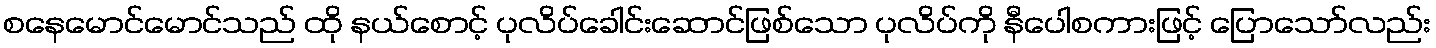
စနေမောင်မောင်သည် ထို နယ်စောင့် ပုလိပ်ခေါင်းဆောင်ဖြစ်သော ပုလိပ်ကို နီပေါစကားဖြင့် ပြောသော်လည်း